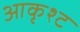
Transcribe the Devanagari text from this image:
आकृश्ट